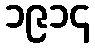
၁၉၁၄